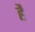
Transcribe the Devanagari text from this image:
हैं